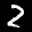
Label: 2